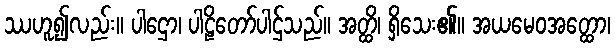
ဿဟူ၍လည်း။ ပါဌော၊ ပါဠိတော်ပါဌ်သည်။ အတ္ထိ၊ ရှိသေး၏။ အယမေဝအတ္ထော၊